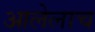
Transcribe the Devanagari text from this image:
आलेलाच